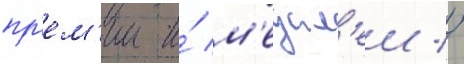
пр'ем'ии и́ м'едал'еи //